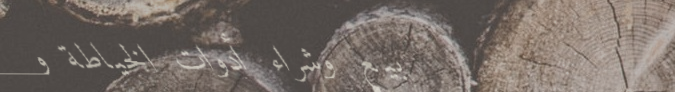
بيع وشراء أدوات الخياطة و